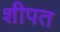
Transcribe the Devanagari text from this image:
शीपत